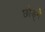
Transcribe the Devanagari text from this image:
छोड़्ने